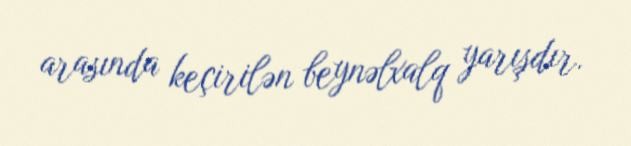
arasında keçirilən beynəlxalq yarışdır.